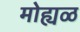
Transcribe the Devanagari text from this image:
मोह्यळ